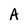
Character: A